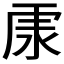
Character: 𱥽